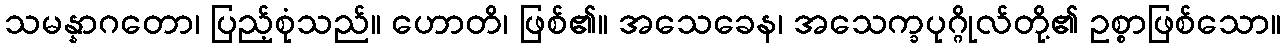
သမန္နာဂတော၊ ပြည့်စုံသည်။ ဟောတိ၊ ဖြစ်၏။ အသေခေန၊ အသေက္ခပုဂ္ဂိုလ်တို့၏ ဥစ္စာဖြစ်သော။